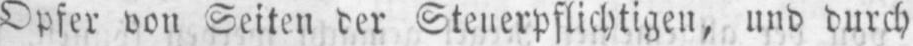
Opfer von Seiten der Steuerpflichtigen, und durch